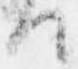
て